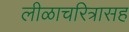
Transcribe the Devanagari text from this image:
लीळाचरित्रासह